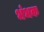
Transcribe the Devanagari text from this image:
भंभक